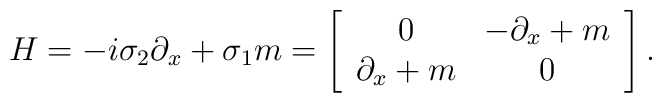
H=-i\sigma_{2}\partial_{x}+\sigma_{1}m=\left[\begin{array}{cc}0 & -\partial_{x}+m \\\partial_{x}+m & 0\end{array}\right].